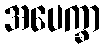
အပေက္ခာ